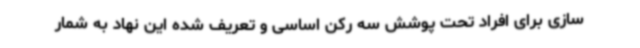
سازی برای افراد تحت پوشش سه رکن اساسی و تعریف شده این نهاد به شمار